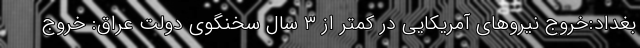
بغداد:خروج نیروهای آمریکایی در کمتر از ۳ سال سخنگوی دولت عراق: خروج